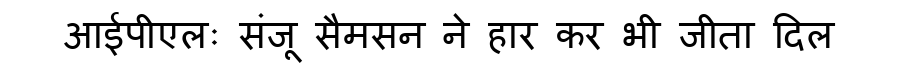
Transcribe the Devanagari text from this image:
आईपीएलः संजू सैमसन ने हार कर भी जीता दिल